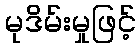
မုဒိမ်းမှုဖြင့်